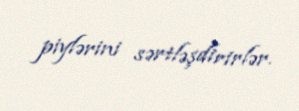
piylərini sərtləşdirirlər.